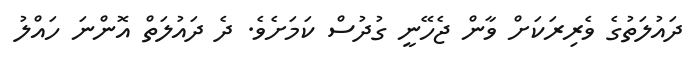
ދައުލަތުގެ ވެރިރަކަށް ވާން ޖެހޭނީ ގުދުސް ކަމަށެވެ. ދެ ދައުލަތް އޮންނަ ހައްލު